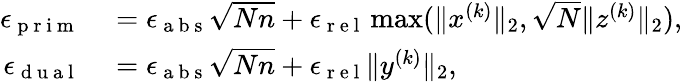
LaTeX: \begin{array}{rl}{\epsilon_{\mathrm{~p~r~i~m~}}}&{{}=\epsilon_{\mathrm{~a~b~s~}}\sqrt{Nn}+\epsilon_{\mathrm{~r~e~l~}}\operatorname*{max}(\| x^{(k)}\| _{2},\sqrt{N}\| z^{(k)}\| _{2}),}\\ {\epsilon_{\mathrm{~d~u~a~l~}}}&{{}=\epsilon_{\mathrm{~a~b~s~}}\sqrt{Nn}+\epsilon_{\mathrm{~r~e~l~}}\| y^{(k)}\| _{2},}\end{array}